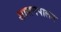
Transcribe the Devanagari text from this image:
शासनपालन